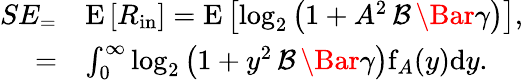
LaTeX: \begin{array}{rl}{SE_=}&{\mathrm{E}\left[R_{\mathrm{in}}\right]=\mathrm{E}\left[\mathrm{log}_{2}\left(1+A^{2}\, \mathcal{B}\, \Bar{\gamma}\right)\right],}\\ {=}&{\int_{0}^{\infty}\mathrm{log}_{2}\left(1+y^{2}\, \mathcal{B}\, \Bar{\gamma}\right)\mathrm{f}_{A}(y)\mathrm{d}y.}\end{array}